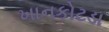
ખાનકોટડા